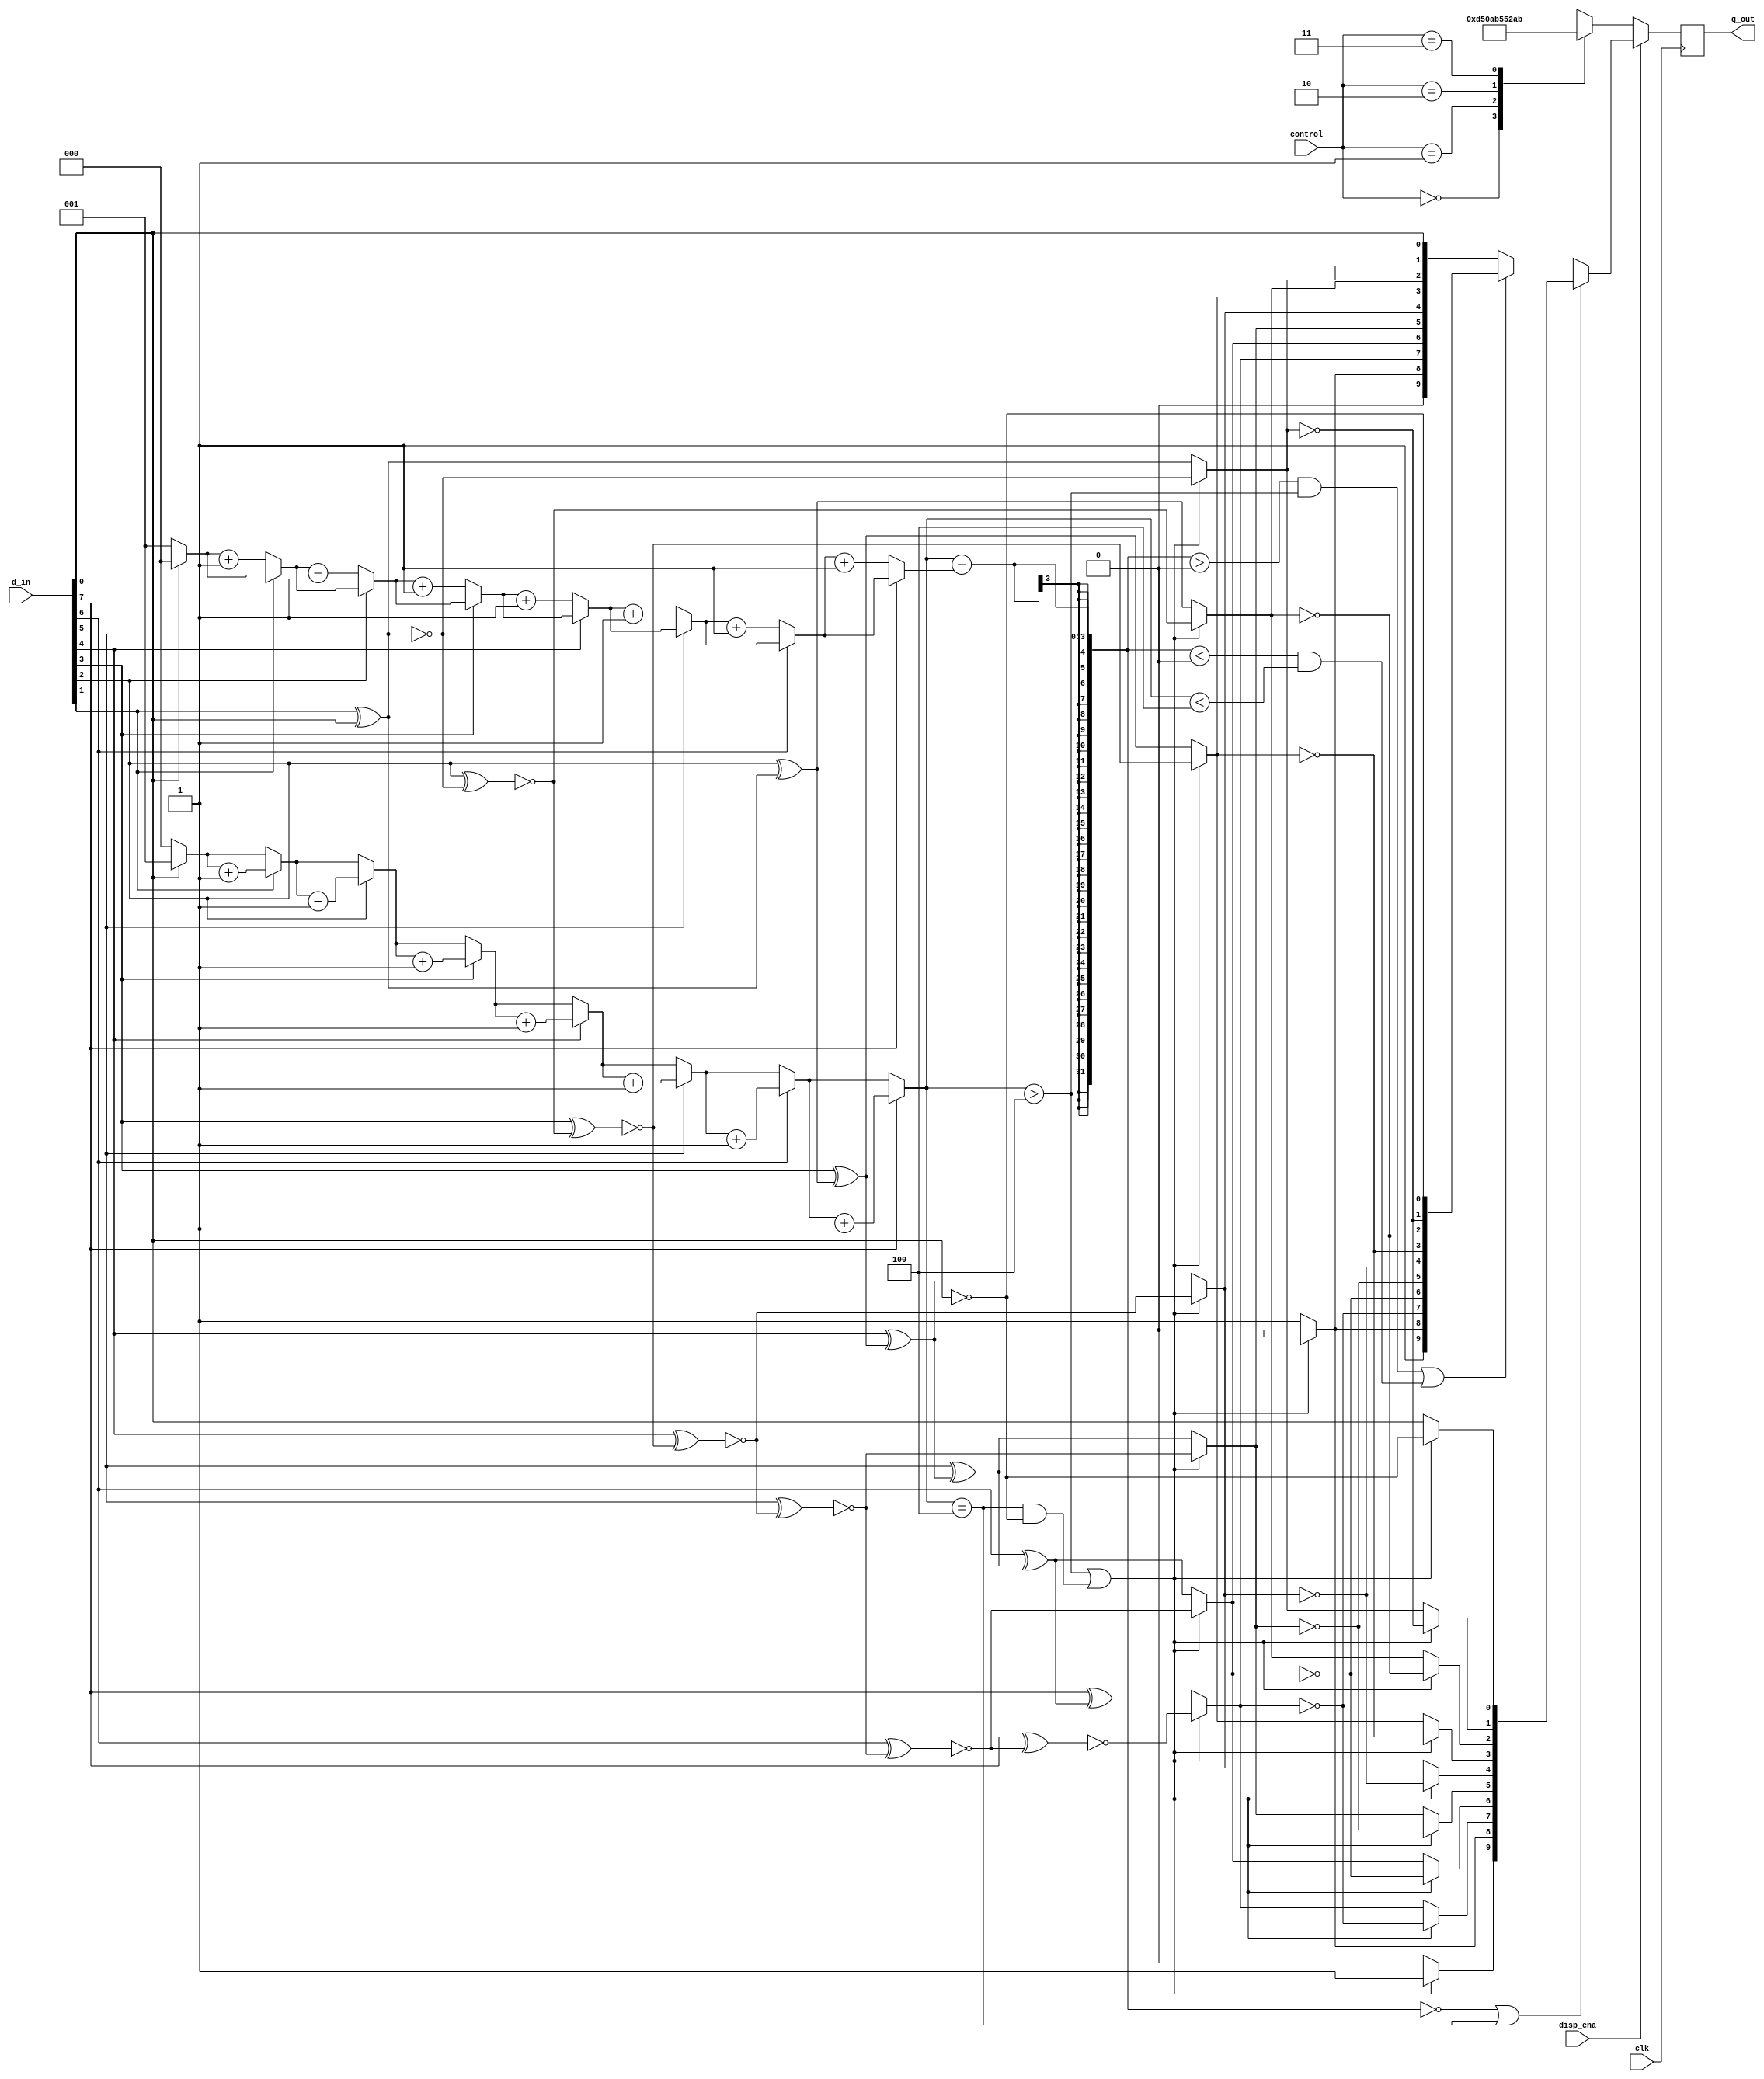
module tmds_encoder(disp_ena,control,d_in,clk,q_out);
input disp_ena;
input [1:0]control;
input [7:0]d_in;
input clk;
output reg [9:0]q_out;

reg [3:0]i;
reg [2:0]counter1=0;
reg [2:0]counter0=0;
reg [8:0]q_m;
reg [3:0]counter2=0;
reg [3:0]counter3=0;
reg [3:0]diff_q_m=0;
reg [31:0]disparity=0;

always @(posedge clk)
begin

	for(i=0;i<8;i=i+1)
		begin
			if(d_in[i]==1)
				begin
					counter1=counter1+1;
				end
			else
				begin
					counter0=counter0+1;
				end
		end
		
		disparity=counter1-counter0; ////////running disparity
		
	if((counter1>4)||((counter1==4)&&(d_in[0]==0)))
	begin
		q_m[0]=d_in[0];
		q_m[1]=~(d_in[1]^q_m[0]);
		q_m[2]=~(d_in[2]^q_m[1]);
		q_m[3]=~(d_in[3]^q_m[2]);
		q_m[4]=~(d_in[4]^q_m[3]);
		q_m[5]=~(d_in[5]^q_m[4]);
		q_m[6]=~(d_in[6]^q_m[5]);
		q_m[7]=~(d_in[7]^q_m[6]);
		q_m[8]=1'b0;
	end
	
	else
	begin
		q_m[0]=d_in[0];
		q_m[1]=(d_in[1]^q_m[0]);
		q_m[2]=(d_in[2]^q_m[1]);
		q_m[3]=(d_in[3]^q_m[2]);
		q_m[4]=(d_in[4]^q_m[3]);
		q_m[5]=(d_in[5]^q_m[4]);
		q_m[6]=(d_in[6]^q_m[5]);
		q_m[7]=(d_in[7]^q_m[6]);
		q_m[8]=1'b1;
	end
	     $display("q_m is %b",q_m);
		 
	for(i=0;i<9;i=i+1)
		begin
			if(q_m[i]==1)
				begin
					counter2=counter2+1;
				end
			else
				begin
					counter3=counter3+1;
				end
		end
		
		diff_q_m=counter2-counter3; ///////diff_q_m
		
		
	if(disp_ena==0)
	begin
		case(control)
		2'b00: q_out=10'b1101010100;
		2'b01: q_out=10'b0010101011;
		2'b10: q_out=10'b0101010100;
		2'b11: q_out=10'b1010101011;
		endcase
		disparity=3'b0;
	end
	
	else
	begin
			if((disparity==0)||(counter1==4))
				begin
					if(q_m[8]==0)
						begin
							q_out[9]=1'b1;
							q_out[8]=1'b0;
							q_out[7]=~q_m[7];
							q_out[6]=~q_m[6];
							q_out[5]=~q_m[5];
							q_out[4]=~q_m[4];
							q_out[3]=~q_m[3];
							q_out[2]=~q_m[2];
							q_out[1]=~q_m[1];
							q_out[0]=~q_m[0];
							disparity=disparity-diff_q_m;
						end
					else
						begin
					        q_out[9]=1'b0;
							q_out[8]=1'b1;
							q_out[7]=q_m[7];
							q_out[6]=q_m[6];
							q_out[5]=q_m[5];
							q_out[4]=q_m[4];
							q_out[3]=q_m[3];
							q_out[2]=q_m[2];
							q_out[1]=q_m[1];
							q_out[0]=q_m[0];
							disparity=disparity+diff_q_m;
						end
				end
			
			else
				begin
					if(((disparity>0)&&(counter1>4))||((disparity<0)&&(counter1<4)))
						begin
							if(q_m[8]==0)
								begin
									q_out[9]=1'b1;
									q_out[8]=1'b0;
									q_out[7]=~q_m[7];
									q_out[6]=~q_m[6];
									q_out[5]=~q_m[5];
									q_out[4]=~q_m[4];
									q_out[3]=~q_m[3];
									q_out[2]=~q_m[2];
									q_out[1]=~q_m[1];
									q_out[0]=~q_m[0];
									disparity=disparity-diff_q_m;
								end
						   else
								begin
									q_out[9]=1'b1;
									q_out[8]=1'b1;
									q_out[7]=~q_m[7];
									q_out[6]=~q_m[6];
									q_out[5]=~q_m[5];
									q_out[4]=~q_m[4];
									q_out[3]=~q_m[3];
									q_out[2]=~q_m[2];
									q_out[1]=~q_m[1];
									q_out[0]=~q_m[0];
									disparity=disparity-diff_q_m+2;
								end
						end
				   else
						begin
							if(q_m[8]==0)
								begin
									q_out[9]=1'b0;
									q_out[8]=1'b0;
									q_out[7]=q_m[7];
									q_out[6]=q_m[6];
									q_out[5]=q_m[5];
									q_out[4]=q_m[4];
									q_out[3]=q_m[3];
									q_out[2]=q_m[2];
									q_out[1]=q_m[1];
									q_out[0]=q_m[0];
									disparity=disparity+diff_q_m-2;
								end
						   else
								begin
									q_out[9]=1'b0;
									q_out[8]=1'b1;
									q_out[7]=q_m[7];
									q_out[6]=q_m[6];
									q_out[5]=q_m[5];
									q_out[4]=q_m[4];
									q_out[3]=q_m[3];
									q_out[2]=q_m[2];
									q_out[1]=q_m[1];
									q_out[0]=q_m[0];
									disparity=disparity+diff_q_m;
						       end
				     end
			end
	end
	
	counter0=0;
	counter1=0;
	counter2=0;
	counter3=0;
	q_m=0;
	//disparity=0;
	diff_q_m=0;
			
end
endmodule